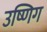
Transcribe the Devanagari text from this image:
उष्णिग